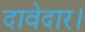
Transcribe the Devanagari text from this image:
दावेदार।